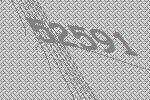
52591